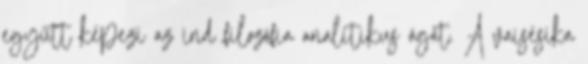
együtt képezi az ind filozófia analitikus ágát. A vaisésika